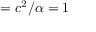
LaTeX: = c ^ { 2 } / \alpha = 1